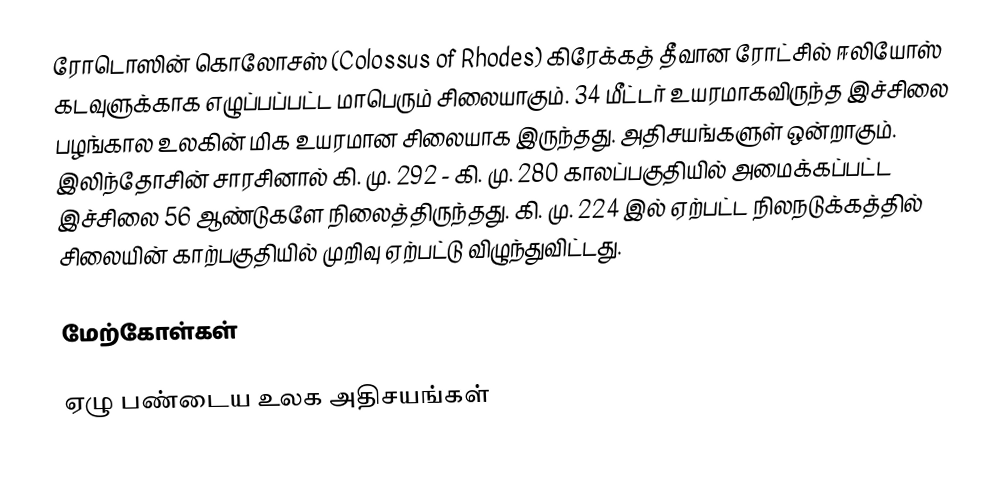
ரோடொஸின் கொலோசஸ் (Colossus of Rhodes) கிரேக்கத் தீவான ரோட்சில் ஈலியோஸ் கடவுளுக்காக எழுப்பப்பட்ட மாபெரும் சிலையாகும். 34 மீட்டர் உயரமாகவிருந்த இச்சிலை பழங்கால உலகின் மிக உயரமான சிலையாக இருந்தது. அதிசயங்களுள் ஒன்றாகும். இலிந்தோசின் சாரசினால் கி. மு. 292 - கி. மு. 280 காலப்பகுதியில் அமைக்கப்பட்ட இச்சிலை 56 ஆண்டுகளே நிலைத்திருந்தது. கி. மு. 224 இல் ஏற்பட்ட நிலநடுக்கத்தில் சிலையின் காற்பகுதியில் முறிவு ஏற்பட்டு விழுந்துவிட்டது.

மேற்கோள்கள்

ஏழு பண்டைய உலக அதிசயங்கள்